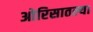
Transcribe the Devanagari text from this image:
ओरिसातल्या